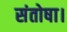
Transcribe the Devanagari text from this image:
संतोषा।